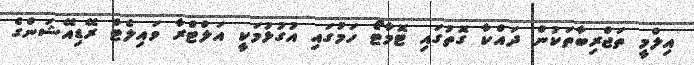
އިލްމީ ތަޖްރިބާތަކުން ދައްކާ ގޮތުގައި ޓޮމާޓޯ ހަމުގައި އުގުޅުމަކީ އަލްޓްރާ ވައިލެޓް ރޭޑިއޭޝަންގެ